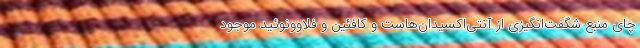
چای منبع شگفت‌انگیزی از آنتی‌اکسیدان‌هاست و کافئین و فلاوونوئید موجود